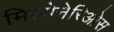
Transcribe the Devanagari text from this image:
मिलोनेरिओस